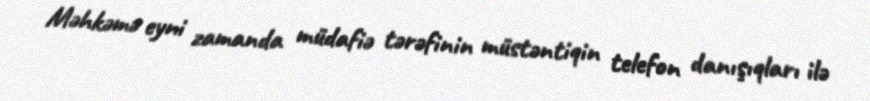
Məhkəmə eyni zamanda müdafiə tərəfinin müstəntiqin telefon danışıqları ilə